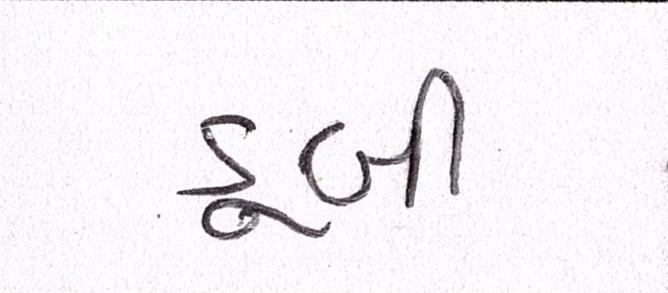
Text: ડૂબી